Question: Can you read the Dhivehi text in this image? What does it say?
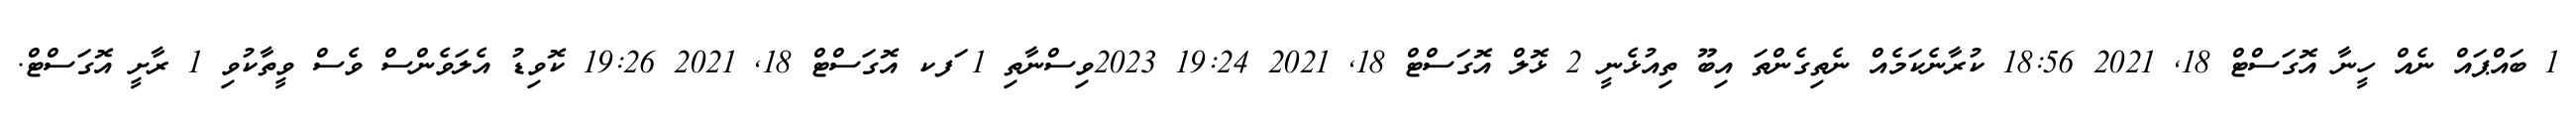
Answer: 1 ބައްޕައް ނެއް ހީނާ އޮގަސްޓް 18, 2021 18:56 ކުރާނެކަމެއް ނެތިގެންތަ އިބޫ ތިއުޅެނީ 2 ޅޮލް އޮގަސްޓް 18, 2021 19:24 2023ވިސްނާތި 1 ަފކ އޮގަސްޓް 18, 2021 19:26 ކޮވިޑު އެލަވެންސް ވެސް ވީތާކުވި 1 ރާށީ އޮގަސްޓް.